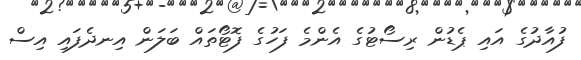
ފުއާދުގެ އައި ޕެޑުން ރިސޯޓުގެ އެންމެ ފަހުގެ ފޮޓޯތައް ބަލަން އިނދެފައި އިސް